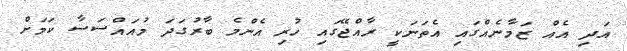
އަދި އެއް ޒަމާނެއްގައި އެތަނަކީ ރާއްޖޭގައި ހުރި އެންމެ ބާރުގަދަ މުއައްސަސާ ކަމަށް